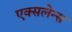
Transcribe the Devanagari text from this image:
एक्सलेन्स